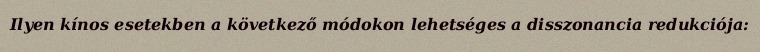
Ilyen kínos esetekben a következő módokon lehetséges a disszonancia redukciója: